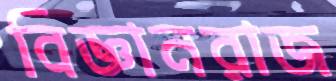
বিজ্ঞানরাজ